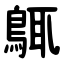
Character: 䳖